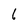
Character: 6